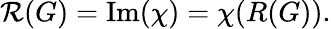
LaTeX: {\mathcal{R}}(G)={\mathrm{Im}}(\chi)=\chi(R(G)).